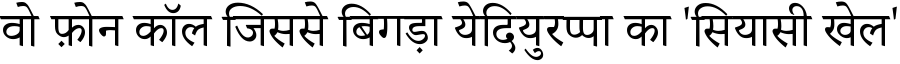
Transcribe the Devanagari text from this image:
वो फ़ोन कॉल जिससे बिगड़ा येदियुरप्पा का 'सियासी खेल'